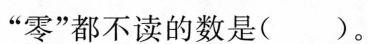
”零”都不读的数是()。